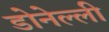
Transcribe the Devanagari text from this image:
डोनेल्ली